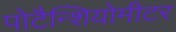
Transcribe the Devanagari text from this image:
पोटैन्शियोमीटर